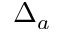
\Delta _ { a }